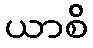
ယာစိ